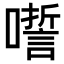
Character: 𡂉